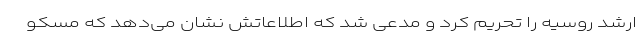
ارشد روسیه را تحریم کرد و مدعی شد که اطلاعاتش نشان می‌دهد که مسکو